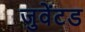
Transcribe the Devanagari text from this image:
जुवेंटड